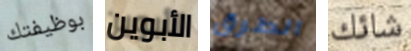
بوظيفتك الأبوين الطرق شائك